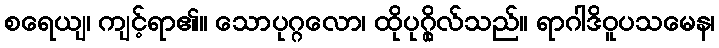
စရေယျ၊ ကျင့်ရာ၏။ သောပုဂ္ဂလော၊ ထိုပုဂ္ဂိုလ်သည်။ ရာဂါဒိဝူပသမေန၊